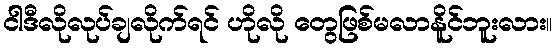
ငါဒီလိုလုပ်ချလိုက်ရင် ဟိုလို တွေဖြစ်မလာနိူင်ဘူးလား။